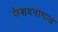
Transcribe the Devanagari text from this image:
केशवनामात